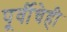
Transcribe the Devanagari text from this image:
पूर्वीचेही